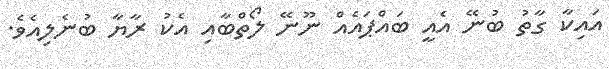
އައިކާ ގާތު ބުނޭ އެއީ ބައްޕައެއް ނޫނޭ ލޯތްބާއި އެކު ރާޔާ ބުނެލިއެވެ.